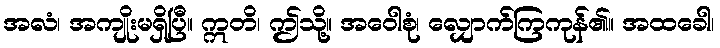
အလံ၊ အကျိုးမရှိပြီ။ ဣတိ၊ ဤသို့။ အဝေါစုံ၊ လျှောက်ကြကုန်၏။ အထခေါ၊